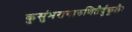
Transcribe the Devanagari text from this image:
कुसुंभरागारुणितैर्दुकूलैः